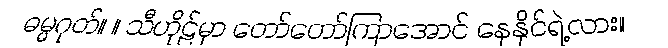
ဓမ္မဂုတ်။ ။ သီဟိုဠ်မှာ တော်တော်ကြာအောင် နေနိုင်ရဲ့လား။